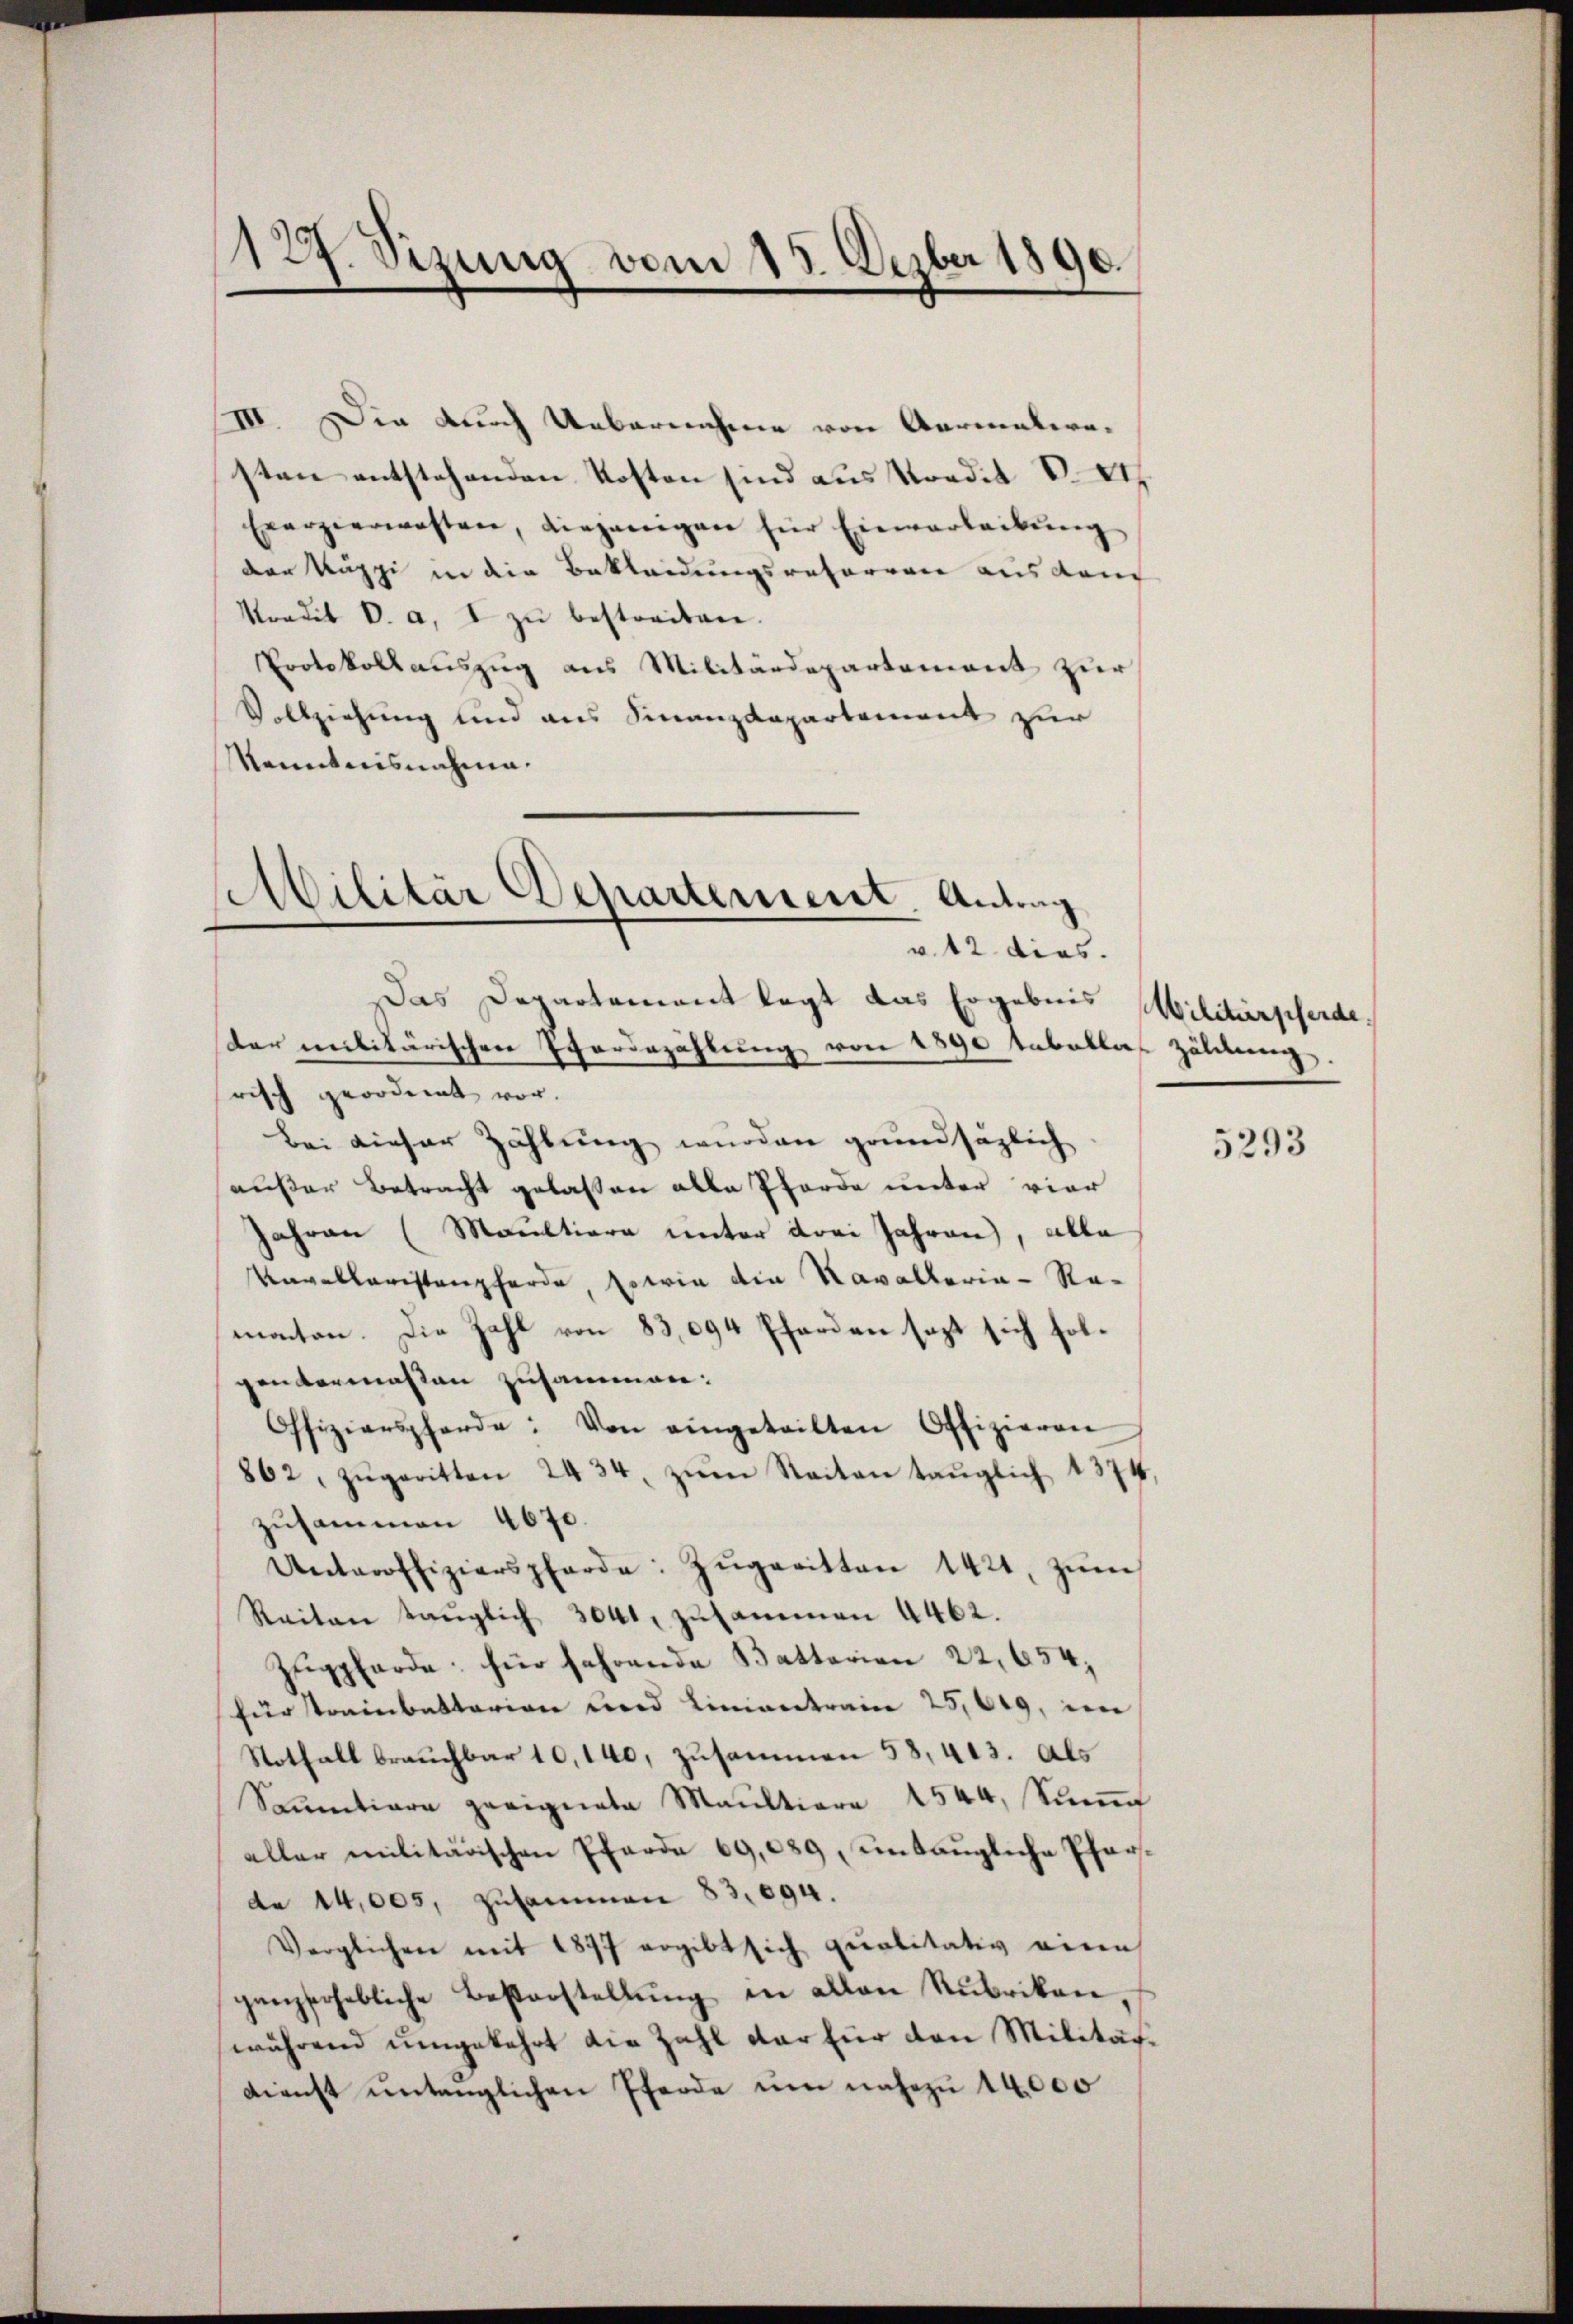
127. Sizung vom 15. Dezber 1890.

III. Die durch Ueberechene von Aarmaterasten entstehenden Kosten sind aus Nordit v. 21
Exerzierwesten, diejenigen für Einverleitung
der Käppi in die Bekleidungsraterren aus dem
Kondit v. a. I zŭ bestreiten.
Protokollauszug aus Militärdepartement zur
Vollziehung und aus Finanzdepartement zur
Kenntnisnahme.

Militär Departement. Antrag
v. 12 dies.

Das Departement legt das Ergebnis Militärpferdedar militärischen Evarirzählung von 1890 tabellos Zäldung
risch geordnet vor.
Bei dieser Zählung wurden grundsäzlich.
außer Betracht gelassen alle Pferde unter vier
Jahren (Maultiere unter drei Jahren, alle
Unvollaristanzherde, sowie die Kavallaria-Ramachen. Die Zahl von 83,094 Pferden sezt sich solgenvermaßen zusammen:
Offiziarspherde: Von eingeteilten Offizieren
862, zŭgeritten 2434, zŭm Seiten taŭglich 1374,
zusammen 4670.
Unteroffizierspferde: Zŭgeritten 1421, zŭm
Raiten taŭglich 3041, zusammen 4462.
Zugpferde: für fahrende Battarien 22, 654,
für trainbattarion und Linientraine 25,009, im
Notfall brauchbar 10,140, zusammen 58, 413. Als
Sammtiare geeignete Maultiere 1544, ung
aller militärischen Pfarre 69,089, eintaugliche Pfarde 14,005, zusammen 83. 694.
Verglichen mit 1877 ergibt sich qualitativ eine
gangserhebliche Besterstellŭng in allen Rubriken,
während umgekehrt die Zahl dar für den Militär¬
Dienst untenglichen Pferde um nahezu 14,000

5293